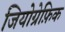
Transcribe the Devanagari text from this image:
जियोग्रेफ़िक